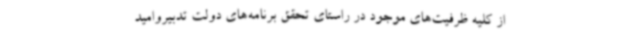
از کلیه ظرفیت‌های موجود در راستای تحقق برنامه‌های دولت تدبیروامید